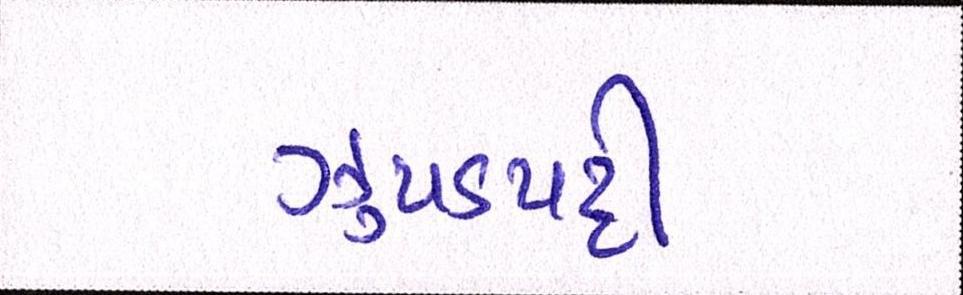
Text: ઝુપડપટ્ટી